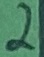
Text: 2